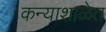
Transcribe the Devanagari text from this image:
कन्याशाळेत